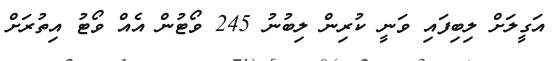
އަގީލަށް ލިބިފައި ވަނީ ކުރިން ލިބުނު 245 ވޯޓުން އެއް ވޯޓު އިތުރަށް